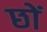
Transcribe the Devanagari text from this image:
छों